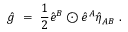
\hat { g } \ = \ \frac 1 2 \hat { e } ^ { B } \odot \hat { e } ^ { A } \hat { \eta } _ { A B } ~ .